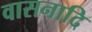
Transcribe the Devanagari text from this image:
वासनादि